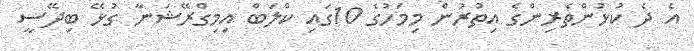
އެ ދެ ކުޅުންތެރިންގެ އިތުރުން މިމަހުގެ 10ގައި ކްލަބް އިމިގްރޭޝަނާ ގުޅޭ ބިދޭސީ